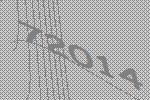
72014